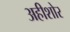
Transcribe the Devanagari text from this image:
अहीशोर